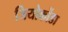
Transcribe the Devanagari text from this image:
जियोकोंडा